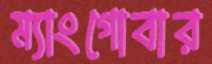
ম্যাংগোবার